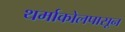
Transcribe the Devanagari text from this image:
थर्माकोलपासून